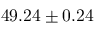
4 9 . 2 4 \pm 0 . 2 4